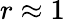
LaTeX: r\approx 1